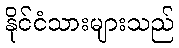
နိုင်ငံသားများသည်